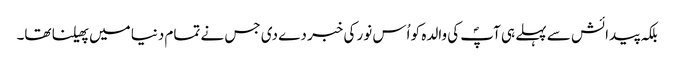
بلکہ پیدائش سے پہلے ہی آپؐ کی والدہ کو اُس نور کی خبر دے دی جس نے تمام دنیا میں پھیلنا تھا۔